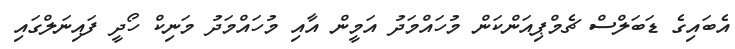
އެބައިގެ ޑަބަލްސް ޗެމްޕިއަންކަން މުހައްމަދު އަމީން އާއި މުހައްމަދު މަނިކް ހޯދީ ފައިނަލްގައި